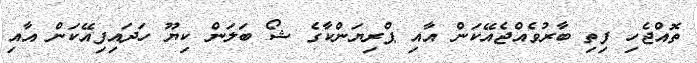
ތޮއްޖެހި ފިތި ބާރުވެއްޖެއޭކަން އާއި ޕްރިޔަންކާގެ ޝޯ ބަލަން ކިޔޫ ހަދައިފިއޭކަން އާއި